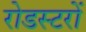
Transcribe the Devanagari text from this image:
रोडस्टरों